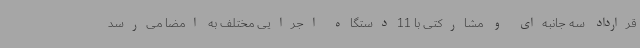
قرارداد سه جانبه‌ای و مشارکتی با 11دستگاه‌ اجرایی مختلف به امضا می‌رسد